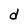
Character: d